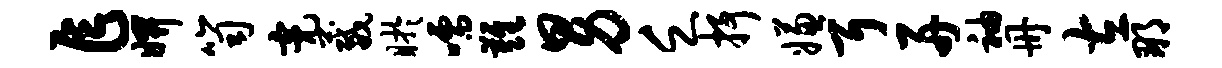
乍妍笥亮葳盱嚅难男乏抒嫌耳舟袖册左那